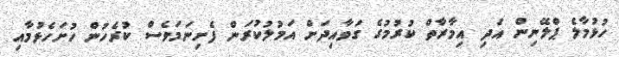
ހުޅުމާލެ ޕްލޭނިން އަދި އިމާރާތް ކުރުމުގެ ގަވާއިދަށް އަމުލުކުރަން ފެށިނަމަވެސް ކުރެހުން ހުށަހެޅުމާއި